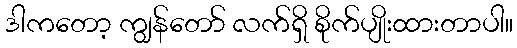
ဒါကတော့ ကျွန်တော် လက်ရှိ စိုက်ပျိုးထားတာပါ။